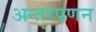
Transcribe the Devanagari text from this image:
अन्तरपणन